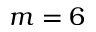
m = 6